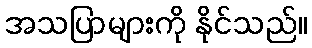
အသပြာများကို နိုင်သည်။